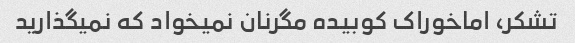
تشکر، اماخوراک کوبیده مگرنان نمیخواد که نمیگذارید